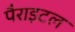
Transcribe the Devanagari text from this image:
पैराइटल